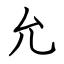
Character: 允